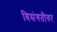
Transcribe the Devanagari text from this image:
विसंगतीवर